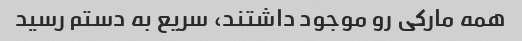
همه مارکی رو موجود داشتند، سریع به دستم رسید